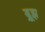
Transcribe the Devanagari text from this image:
ड्रूझ